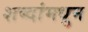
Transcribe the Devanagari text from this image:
शब्दांमधुन